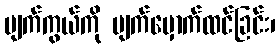
မျက်ကွယ်ကို မျက်မှောက်ထင်ခြင်း၊